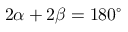
2 \alpha + 2 \beta = 1 8 0 ^ { \circ }